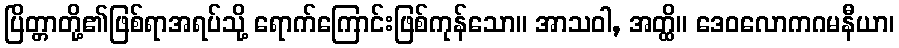
ပြိတ္တာတို့၏ဖြစ်ရာအရပ်သို့ ရောက်ကြောင်းဖြစ်ကုန်သော။ အာသဝါ, အတ္ထိ။ ဒေဝလောကဂမနီယာ၊